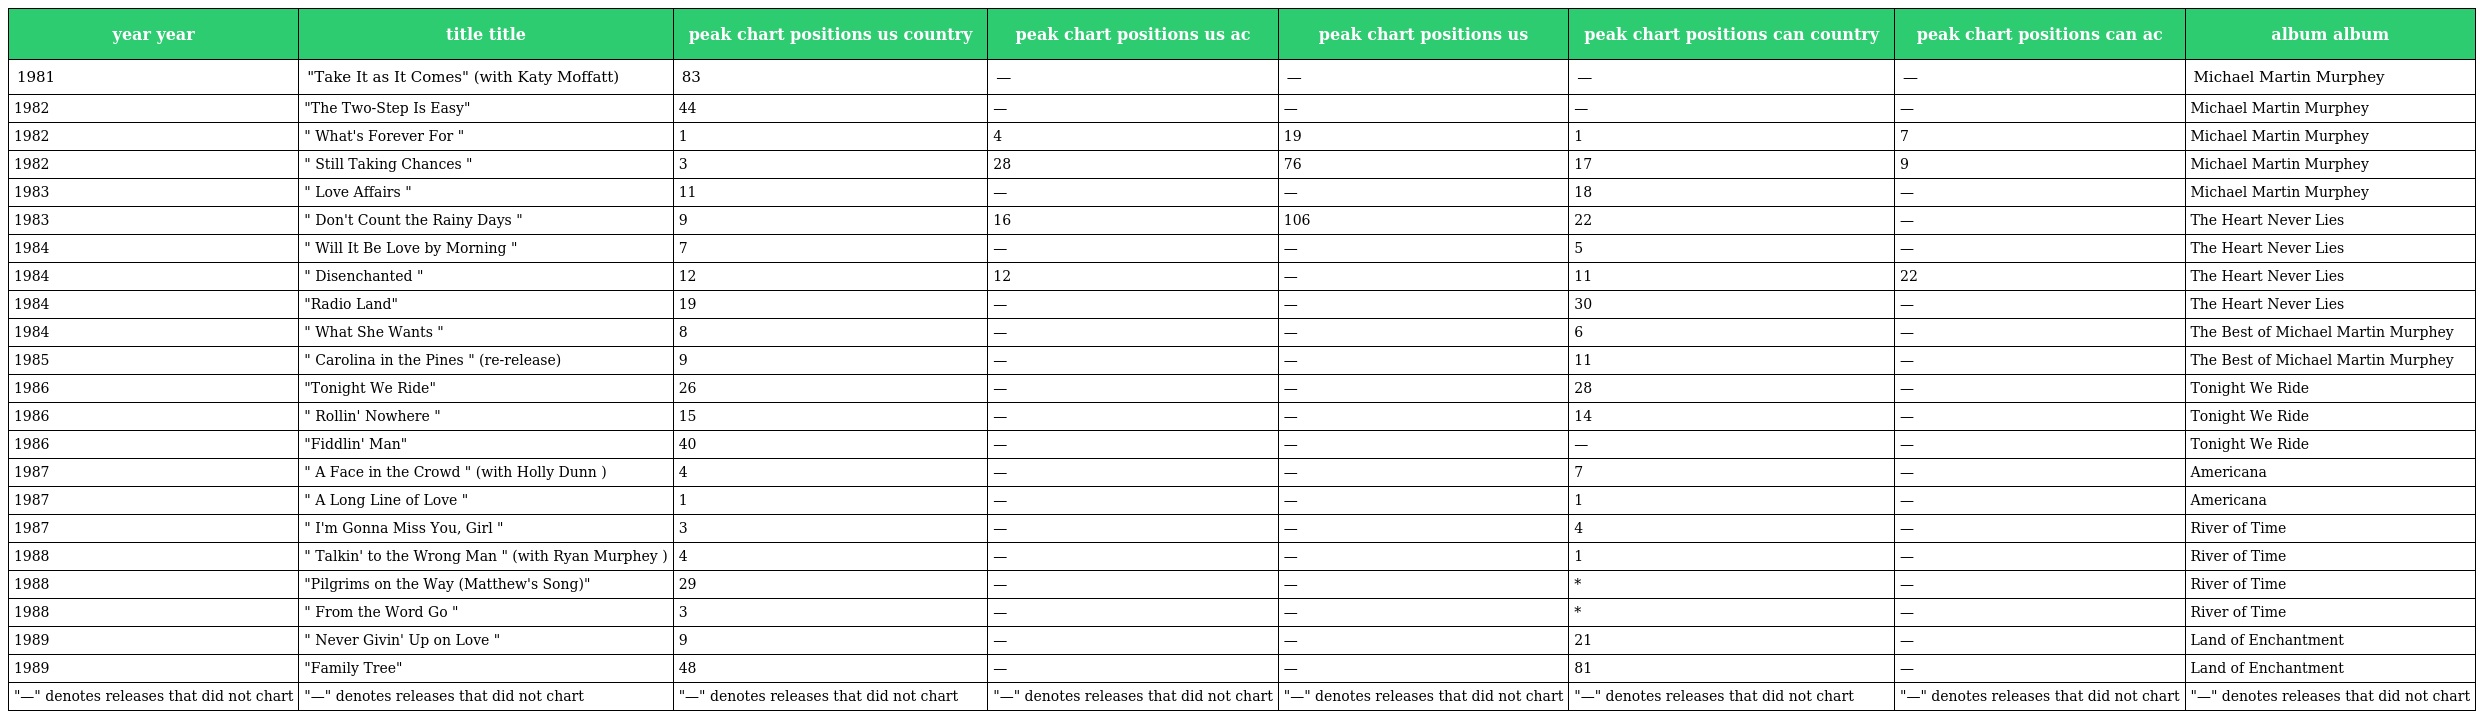
| year year | title title | peak chart positions us country | peak chart positions us ac | peak chart positions us | peak chart positions can country | peak chart positions can ac | album album |
 | --- | --- | --- | --- | --- | --- | --- | --- |
 | 1981 | "Take It as It Comes" (with Katy Moffatt) | 83 | — | — | — | — | Michael Martin Murphey |
 | 1982 | "The Two-Step Is Easy" | 44 | — | — | — | — | Michael Martin Murphey |
 | 1982 | " What's Forever For " | 1 | 4 | 19 | 1 | 7 | Michael Martin Murphey |
 | 1982 | " Still Taking Chances " | 3 | 28 | 76 | 17 | 9 | Michael Martin Murphey |
 | 1983 | " Love Affairs " | 11 | — | — | 18 | — | Michael Martin Murphey |
 | 1983 | " Don't Count the Rainy Days " | 9 | 16 | 106 | 22 | — | The Heart Never Lies |
 | 1984 | " Will It Be Love by Morning " | 7 | — | — | 5 | — | The Heart Never Lies |
 | 1984 | " Disenchanted " | 12 | 12 | — | 11 | 22 | The Heart Never Lies |
 | 1984 | "Radio Land" | 19 | — | — | 30 | — | The Heart Never Lies |
 | 1984 | " What She Wants " | 8 | — | — | 6 | — | The Best of Michael Martin Murphey |
 | 1985 | " Carolina in the Pines " (re-release) | 9 | — | — | 11 | — | The Best of Michael Martin Murphey |
 | 1986 | "Tonight We Ride" | 26 | — | — | 28 | — | Tonight We Ride |
 | 1986 | " Rollin' Nowhere " | 15 | — | — | 14 | — | Tonight We Ride |
 | 1986 | "Fiddlin' Man" | 40 | — | — | — | — | Tonight We Ride |
 | 1987 | " A Face in the Crowd " (with Holly Dunn ) | 4 | — | — | 7 | — | Americana |
 | 1987 | " A Long Line of Love " | 1 | — | — | 1 | — | Americana |
 | 1987 | " I'm Gonna Miss You, Girl " | 3 | — | — | 4 | — | River of Time |
 | 1988 | " Talkin' to the Wrong Man " (with Ryan Murphey ) | 4 | — | — | 1 | — | River of Time |
 | 1988 | "Pilgrims on the Way (Matthew's Song)" | 29 | — | — | * | — | River of Time |
 | 1988 | " From the Word Go " | 3 | — | — | * | — | River of Time |
 | 1989 | " Never Givin' Up on Love " | 9 | — | — | 21 | — | Land of Enchantment |
 | 1989 | "Family Tree" | 48 | — | — | 81 | — | Land of Enchantment |
 | "—" denotes releases that did not chart | "—" denotes releases that did not chart | "—" denotes releases that did not chart | "—" denotes releases that did not chart | "—" denotes releases that did not chart | "—" denotes releases that did not chart | "—" denotes releases that did not chart | "—" denotes releases that did not chart |